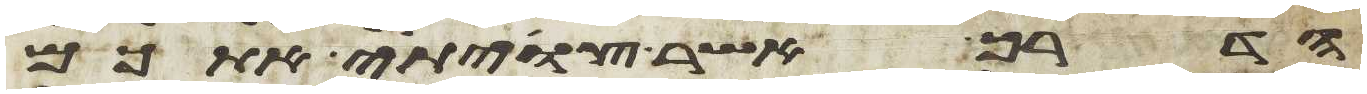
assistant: הדרך אשר צויתי אתכם